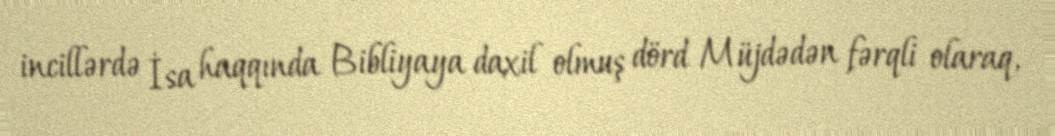
incillərdə İsa haqqında Bibliyaya daxil olmuş dörd Müjdədən fərqli olaraq,